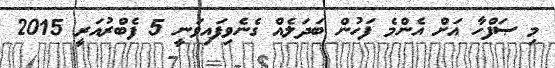
މި ޞަފްހާ އަށް އެންމެ ފަހުން ބަދަލެއް ގެނެވިފައިވަނީ 5 ފެބްރުއަރީ 2015